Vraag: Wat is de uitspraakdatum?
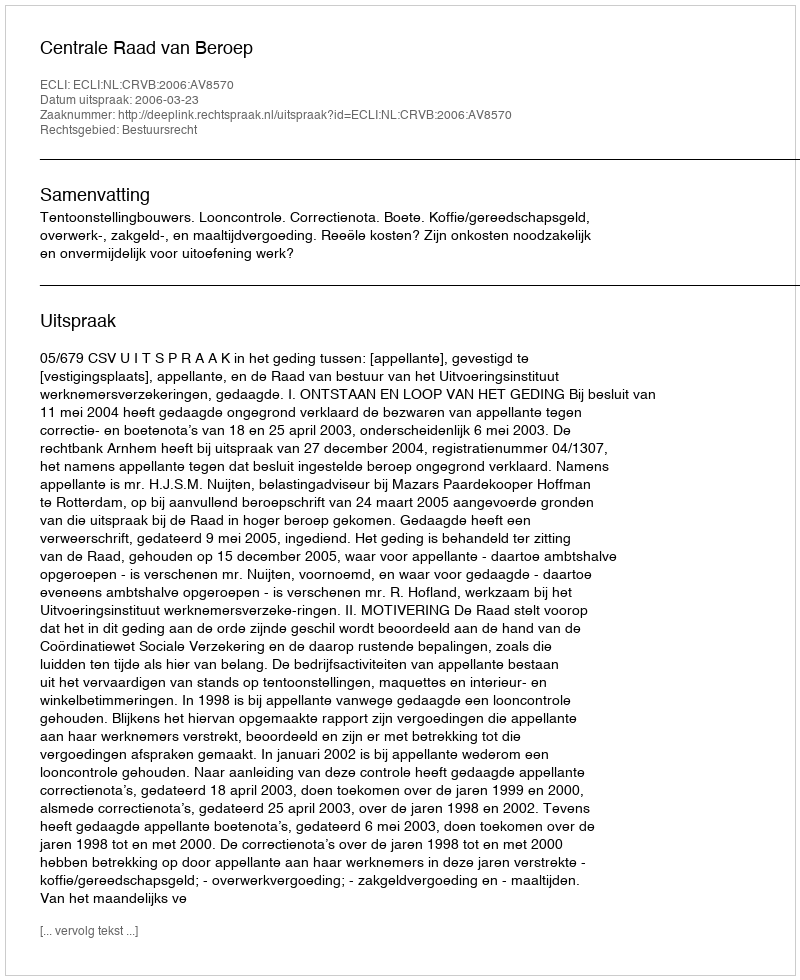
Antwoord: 2006-03-23